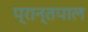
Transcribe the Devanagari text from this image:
प्रान्तपाल